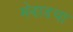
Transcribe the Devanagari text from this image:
मेवाडचा